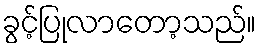
ခွင့်ပြုလာတော့သည်။